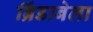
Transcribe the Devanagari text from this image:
ब्रिंडाबेला